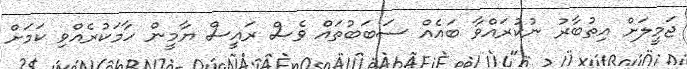
ޖަމީލަށް އިތުބާރު ނުކުރައްވާ ބައެއް ސަބަބުތައް ވެސް ރައީސް ޔާމީން ހާމަކުރެއްވި ކަމަށް